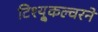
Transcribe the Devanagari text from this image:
टिश्यू्कल्चरने